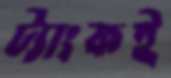
ট্যাংকই